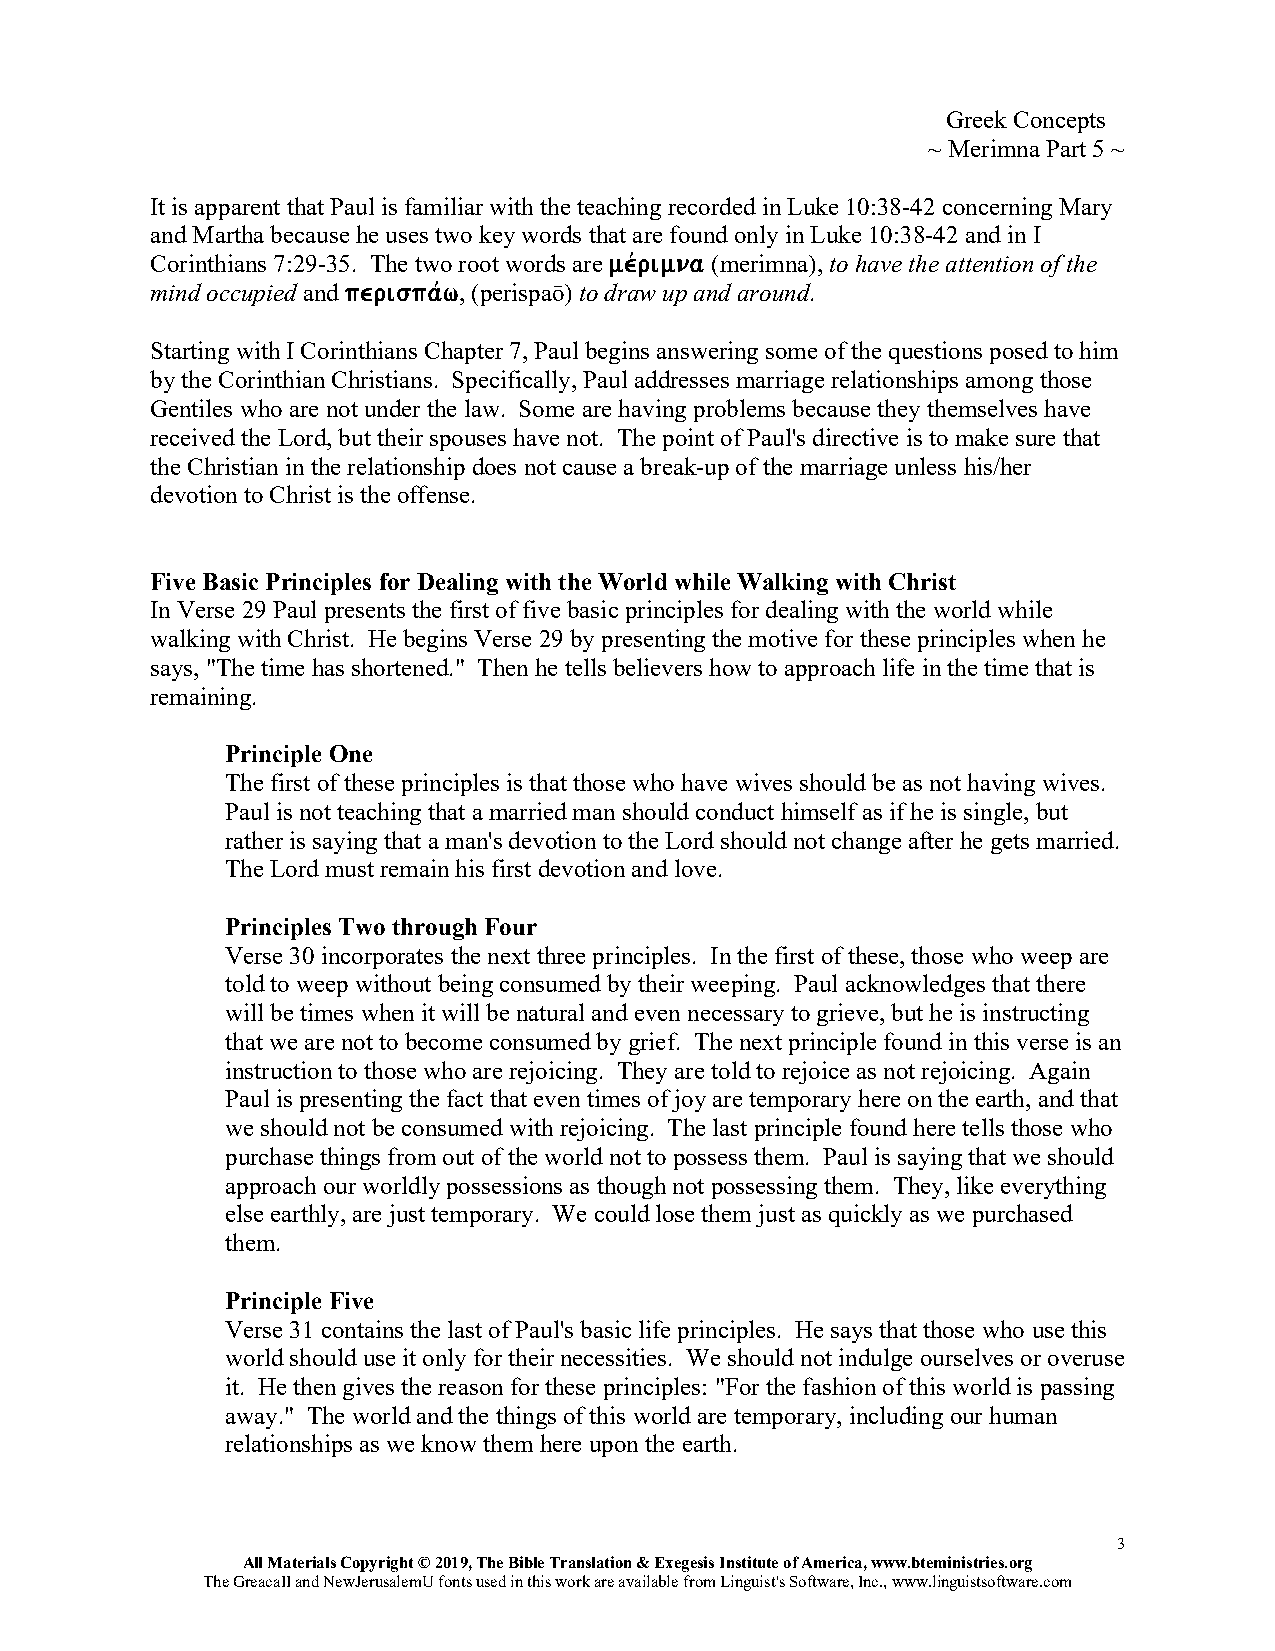
Greek Concepts...
 ~ Merimna Part 5 ~
 It is apparent that Paul is familiar with the teaching recorded in Luke 10:38-42 concerning Mary
 and Martha because he uses two key words that are found only in Luke 10:38-42 and in I
 Corinthians 7:29-35. The two root words are mevrimna (merimna), to have the attention of the
 mind occupied and perispavw, (perispaō) to draw up and around.
 Starting with I Corinthians Chapter 7, Paul begins answering some of the questions posed to him
 by the Corinthian Christians. Specifically, Paul addresses marriage relationships among those
 Gentiles who are not under the law. Some are having problems because they themselves have
 received the Lord, but their spouses have not. The point of Paul's directive is to make sure that
 the Christian in the relationship does not cause a break-up of the marriage unless his/her
 devotion to Christ is the offense.
 Five Basic Principles for Dealing with the World while Walking with Christ
 In Verse 29 Paul presents the first of five basic principles for dealing with the world while
 walking with Christ. He begins Verse 29 by presenting the motive for these principles when he
 says, "The time has shortened." Then he tells believers how to approach life in the time that is
 remaining.
 Principle One
 The first of these principles is that those who have wives should be as not having wives.
 Paul is not teaching that a married man should conduct himself as if he is single, but
 rather is saying that a man's devotion to the Lord should not change after he gets married.
 The Lord must remain his first devotion and love.
 Principles Two through Four
 Verse 30 incorporates the next three principles. In the first of these, those who weep are
 told to weep without being consumed by their weeping. Paul acknowledges that there
 will be times when it will be natural and even necessary to grieve, but he is instructing
 that we are not to become consumed by grief. The next principle found in this verse is an
 instruction to those who are rejoicing. They are told to rejoice as not rejoicing. Again
 Paul is presenting the fact that even times of joy are temporary here on the earth, and that
 we should not be consumed with rejoicing. The last principle found here tells those who
 purchase things from out of the world not to possess them. Paul is saying that we should
 approach our worldly possessions as though not possessing them. They, like everything
 else earthly, are just temporary. We could lose them just as quickly as we purchased
 them.
 Principle Five
 Verse 31 contains the last of Paul's basic life principles. He says that those who use this
 world should use it only for their necessities. We should not indulge ourselves or overuse
 it. He then gives the reason for these principles: "For the fashion of this world is passing
 away." The world and the things of this world are temporary, including our human
 relationships as we know them here upon the earth.
 3
 All Materials Copyright © 2019, The Bible Translation & Exegesis Institute of America, www.bteministries.org
 The GreacaII and NewJerusalemU fonts used in this work are available from Linguist's Software, Inc., www.linguistsoftware.com